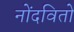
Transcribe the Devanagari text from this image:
नोंदवितो